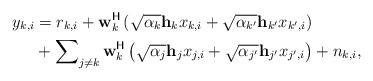
LaTeX: \begin{align*}y_{k,i}&=r_{k,i}+{\textbf{w}}_k^{\mathsf{H}}\left(\sqrt{\alpha_k}{\textbf{h}}_kx_{k,i}+\sqrt{\alpha_{k'}}{\textbf{h}}_{k'}x_{{k'},i}\right)\\&+\sum\nolimits_{j\neq k}{\textbf{w}}_k^{\mathsf{H}}\left(\sqrt{\alpha_j}{\textbf{h}}_jx_{j,i}+\sqrt{\alpha_{j'}}{\textbf{h}}_{j'}x_{{j'},i}\right)+n_{k,i},\end{align*}